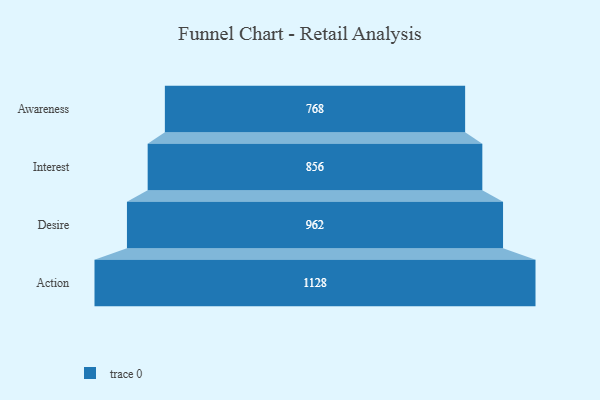
{"axis": {"x": "Stage", "y": "Value"}, "legend": [""], "data": [{"x": "Awareness", "y": 768.0, "type": ""}, {"x": "Interest", "y": 856.0, "type": ""}, {"x": "Desire", "y": 962.0, "type": ""}, {"x": "Action", "y": 1128.0, "type": ""}]}